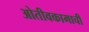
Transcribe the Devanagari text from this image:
ओतीवकामाची